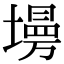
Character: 𡑦